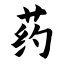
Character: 药